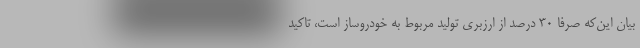
بیان‌ این‌که صرفا ۳۰ درصد از ارزبری تولید مربوط به خودروساز است، تاکید